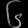
Digit: ၆